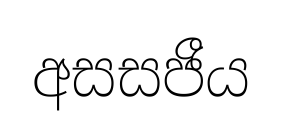
අසසජීය